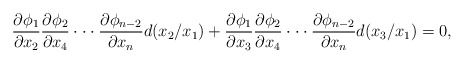
\begin{align*}\frac{\partial \phi_1}{\partial x_2}\frac{\partial \phi_2}{\partial x_4}\cdot \cdot \cdot \frac{\partial \phi_{n-2}}{\partial x_{n}} d(x_2/x_1)+\frac{\partial \phi_1}{\partial x_3}\frac{\partial \phi_2}{\partial x_4}\cdot \cdot \cdot \frac{\partial \phi_{n-2}}{\partial x_{n}} d(x_3/x_1)=0,\end{align*}